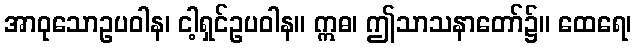
အာဝုသောဥပဝါန၊ ငါ့ရှင်ဥပဝါန။ ဣဓ၊ ဤသာသနာတော်၌။ ထေရေ၊